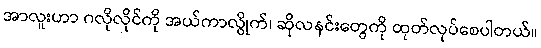
အာလူးဟာ ဂလိုလိုင်ကို အယ်ကာလွိုက်၊ ဆိုလနင်းတွေကို ထုတ်လုပ်စေပါတယ်။